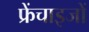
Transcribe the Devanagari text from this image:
फ्रेंचाइजों